Report on horse surra - Volume II, Part II
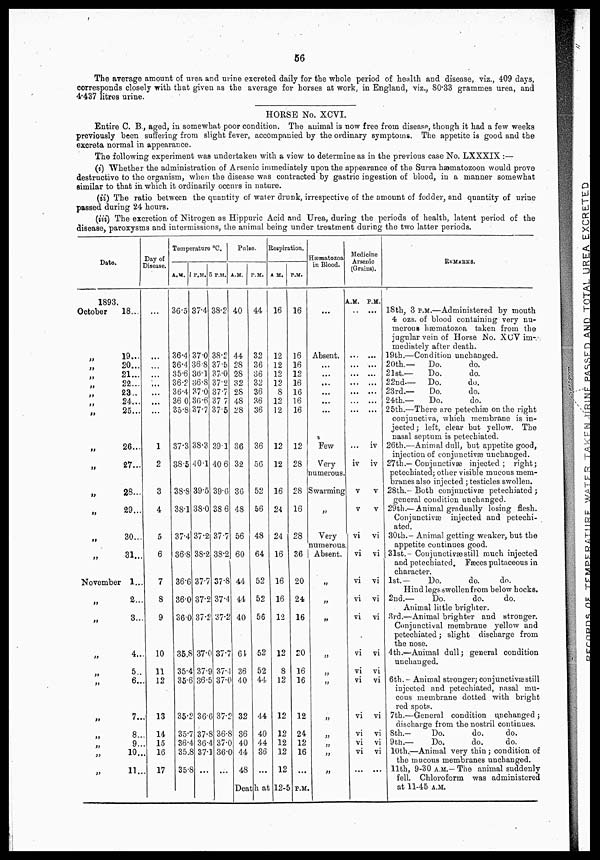
56
The average amount of urea and urine excreted daily for the whole period of health and disease, viz., 409 days,
corresponds closely with that given as the average for horses at work, in England, viz., 80.33 grammes urea, and
4.437 litres urine.
HORSE No. XCVI.
Entire C. B., aged, in somewhat poor condition. The animal is now free from disease, though it had a few weeks
previously been suffering from slight fever, accompanied by the ordinary symptoms. The appetite is good and the
excreta normal in appearance.
The following experiment was undertaken with a view to determine as in the previous case No. LXXXIX :—
(i) "Whether the administration of Arsenic immediately upon the appearance of the Surra hæmatozoon would prove
destructive to the organism, when the disease was contracted by gastric ingestion of blood, in a manner somewhat
similar to that in which it ordinarily occurs in nature.
(ii) The ratio between the quantity of water drunk, irrespective of the amount of fodder, and quantity of urine
passed during 24 hours.
(iii) The excretion of Nitrogen as Hippuric Acid and Urea, during the periods of health, latent period of the
disease, paroxysms and intermissions, the animal being under treatment during the two latter periods.
Date.
1893.
October
„
„
„
„
„
„
„
„
„
„
„
„
„
November
„
„
„
„
„
„
„
„
„
„
18...
19...
20...
21...
22...
23..
24...
25...
26...
27...
28...
29...
30...
31...
1...
2...
8...
4..
5..
6..
7..
8..
9..
10..
11..
Day of
Disease.
...
...
...
...
1
2
3
4
5
6
7
8
9
10
11
12
13
14
15
16
17
Temperature °C.
A.M.
36.5
36.4
36.4
35.6
36.2
36.4
36 .0
35.8
37.3
38.5
38.8
38.1
37.4
36.8
36.6
36.0
36.0
35.8
35.4
35.6
35.2
35.7
36.4
35.8
35.8
P.M.
37.4
37.0
36.8
36.1
36.8
37.0
30.6
37.7
38.3
40.1
39.5
38.0
37.2
38.2
37.7
37.2
37.2
37.0
37.9
36.5
36.6
37.8
36.4
37.1
...
5 P.M.
38.2
38.2
37.5
37.0
37.2
37.7
37 .7
37.5
39.1
40 6
39.0
38 6
37.7
38.2
37.8
37.4
37.2
37.7
37.4
37.0
37.2
36.8
37.0
36.0
...
Pulse.
A.M.
40
44
28
28
32
28
48
28
36
32
36
48
56
60
44
44
40
61
36
40
32
36
40
44
48
P.M.
44
32
36
36
32
36
36
36
36
56
52
56
48
64
52
52
56
52
52
44
44
40
44
36
...
Respiration.
A M.
16
12
12
12
12
8
12
12
12
12
16
24
24
16
16
16
12
12
8
12
12
12
12
12
12
P.M.
16
16
16
12
16
16
16
16
12
28
28
16
28
36
20
24
16
20
16
16
12
24
12
16
...
Death at 12-5 P.M.
Hæmatozoa
in Blood.
Absent.
...
...
...
...
...
...
Few
Very
numerous.
Swarming
„
Very
numerous.
Absent.
„
„
„
„
„
„
„
„
„
„
„
Medicine
Arsenic
(Grains).
A.M.
...
....
...
...
...
...
...
iv
v
v
vi
vi
vi
vi
vi
vi
vi
vi
vi
vi
vi
vi
...
P.M.
...
...
...
,„
...
...
iv
iv
v
v
vi
vi
vi
vi
vi
vi
vi
vi
vi
vi
vi
vi
...
REMARKS.
18th, 3 P.M.—Administered by mouth
4 ozs. of blood containing very nu-
merous hæmatozoa taken from the
jugular vein of Horse No. XCV im-
mediately after death.
19th.—Condition unchanged.
20th.—
Do.
do.
21st.—
Do.
do.
22nd—
Do.
do.
23rd.—
Do.
do.
24th.—
Do.
do.
25th.—There are petechias on the right
conjunctiva, which membrane is in-
jected ; left, clear but yellow. The
nasal septum is petechiated.
26th.—Animal dull, but appetite good,
injection of conjunctivas unchanged.
27th.— Conjunctivae injected; right;
petechiated; other visible mucous mem-
branes also injected ; testicles swollen.
28th.- Both conjunctivae petechiated ;
general condition unchanged.
29th.— Animal gradually losing flesh.
Conjunctivas injected and petechi-
ated.
30th.- Animal getting weaker, but the
appetite continues good.
31st.- Conjunctivas still much injected
and petechiated. Fæces pultaceous in
character.
1st.—
Do.
do.
do.
Hind legs swollen from below hocks.
2nd.—
Do.
do.
do.
Animal little brighter.
3rd.—Animal brighter and stronger.
Conjunctival membrane yellow and
petechiated; slight discharge from
the nose.
4th.—Animal dull; general condition
unchanged.
6th.- Animal stronger; conjunctivas still
injected and petechiated, nasal mu-
cous membrane dotted with bright
red spots.
7th.—General condition unchanged ;
discharge from the nostril continues.
8th.-
Do.
do.
do.
9 th.—
Do.
do.
do.
10th.—Animal very thin ; condition of
the mucous membranes unchanged.
11th, 9-30 A.M.— The animal suddenly
fell. Chloroform was administered
at 11.45 A.M.